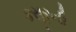
કસૂરની